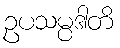
ဥပသမ္ပဒါတိ